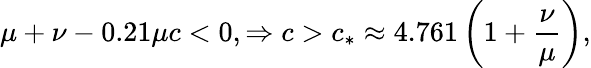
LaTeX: \mu+\nu-0.21\mu c<0,\Rightarrow c>c_{*}\approx 4.761\left(1+\frac{\nu}{\mu}\right),